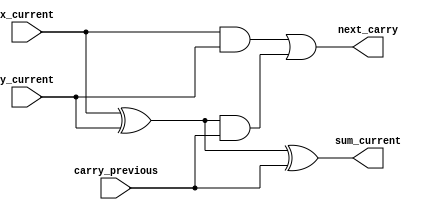
module adder_1_bit(x_current,y_current,carry_previous,sum_current,next_carry);

	input wire x_current,y_current,carry_previous;
	output wire sum_current,next_carry;

	wire xor_out_temp,and_temp1,and_temp2;
	
	// Sum= x XOR y XOR c
	xor x1(xor_out_temp,x_current,y_current);
	xor x2(sum_current,xor_out_temp,carry_previous);

	// C'=x.y + C.(x XOR  y)
	and a1(and_temp1,x_current,y_current);
	and a2(and_temp2,xor_out_temp,carry_previous);
	or o1(next_carry,and_temp1,and_temp2);

endmodule